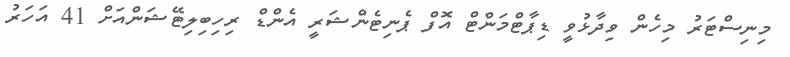
މިނިސްޓަރު މިހެން ވިދާޅުވީ ޑިޕާޓްމަންޓް އޮފް ޕެނިޓެންޝަރީ އެންޑް ރިހިބިލިޓޭޝަންއަށް 41 އަހަރު